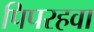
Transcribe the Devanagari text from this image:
पिपरहवा